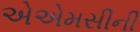
એએમસીની